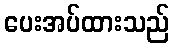
ပေးအပ်ထားသည်